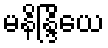
မနိန္ဒြိယေ